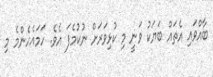
ބާއްވައި އެތައް ބަޔަކު ވަނީ މި ކުޅިވަރަށް ނުކުމެފަ އެވެ. ހަމައެހެންމެ މި